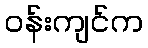
ဝန်းကျင်က